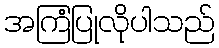
အကြံပြုလိုပါသည်